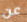
عن